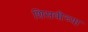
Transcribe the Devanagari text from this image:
शिसवीच्या